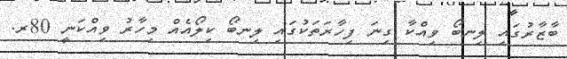
ބާޒާރުގައި ލިނބޯ ވިއްކާ ގިނަ ފިހާރަތަކުގައި ލިނބޯ ކިލޯއެއް މިހާރު ވިއްކަނީ 80ރ.